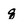
Character: q